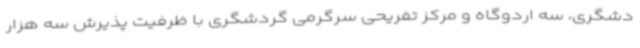
دشگری، سه اردوگاه و مرکز تفریحی سرگرمی گردشگری با ظرفیت پذیرش سه هزار